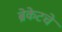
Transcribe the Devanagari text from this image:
ब्रेकेटचे